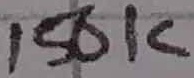
Text: 150K